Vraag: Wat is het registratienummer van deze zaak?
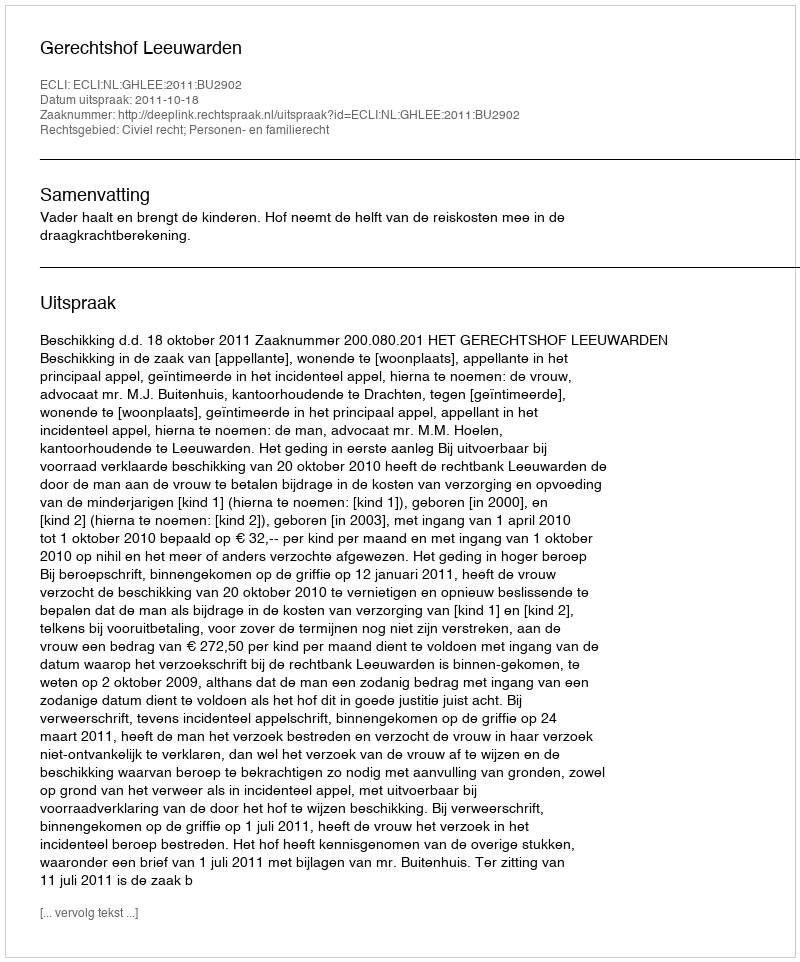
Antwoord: http://deeplink.rechtspraak.nl/uitspraak?id=ECLI:NL:GHLEE:2011:BU2902